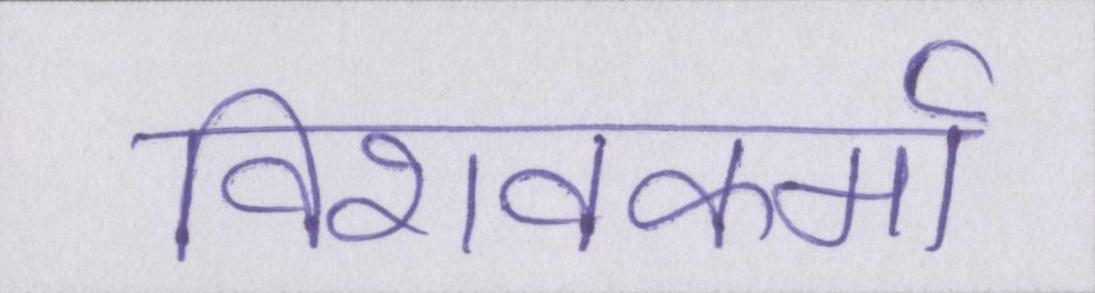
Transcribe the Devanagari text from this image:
विशवकर्मा